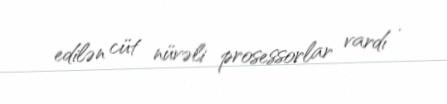
edilən cüt nüvəli prosessorlar vardı .